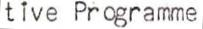
tive Programme